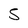
Character: 5